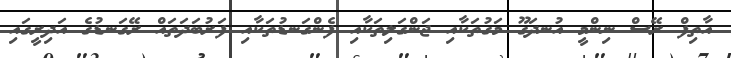
އާތިފް ރޭސް ނިންމީ އުނދަގޫ މަގުތަކާއި ޖަންގަލިތަކާއި ފެންގަނޑުތަކާއި ފަރުބަދަތައް ރޭގަނޑުގެ އަދިރީގައި